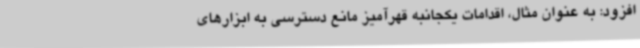
افزود: به عنوان مثال، اقدامات یکجانبه قهرآمیز مانع دسترسی به ابزارهای